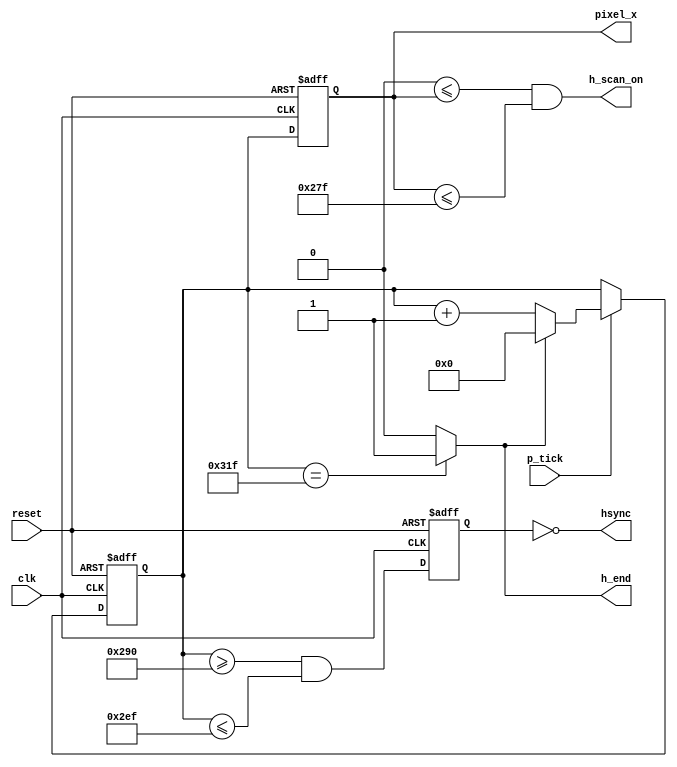
`timescale 1ns / 1ps
//***************************************************************//
//                                                               //
// Created by       Jesus Franco                                 //
// Copyright  2020 Jesus Franco on 03/24/2020 12:44:12 PM       //
//                                                               //
//                                                               //
// In submitting this file for class work at CSULB               //
// I am confirming that this is my work and the work             //
// of no one else. In submitting this code I acknowledge that    //
// plagiarism in student project work is subject to dismissal.   //
// from the class                                                //
// Dependencies:                                                 //
//***************************************************************//
module Hsync(
    input clk, reset, p_tick,
    output reg [9:0] pixel_x,
    output wire h_end,
    output wire hsync,
    output wire h_scan_on
    );
    reg [9:0] H_count, nH_count; //register initialization
    reg       H_sync;
    wire      nH_sync;
    
    always @(posedge clk, posedge reset)
        if(reset) begin
             H_count <= 10'b0;
             H_sync <= 1'b0;
        end
    else
        begin
             H_count <= nH_count;
             H_sync  <= nH_sync;
        end

    assign h_end = (H_count == 799) ? 1'd1: 1'd0;//horizontal max counter 800-1=799
            
    always @ (*)
        if(p_tick)
            if (h_end)
                nH_count = 1'b0;
            else
                nH_count = H_count + 1'b1;
        else 
            nH_count = H_count; 
            
	assign nH_sync = (H_count >= 656 && H_count <= 751);//656-751

    always @(posedge clk, posedge reset)
		if (reset) begin 
			pixel_x <= 10'b0;
			end
		else begin
		pixel_x <= H_count;
		end   
     // assigning HORIZONTAL scanner
    assign h_scan_on = (0<= pixel_x && pixel_x <= 639);//0-639
    assign hsync   = ~H_sync;//hsync to be LOW ACTIVE

endmodule